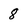
Character: 8